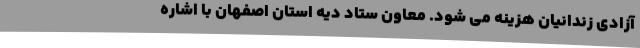
آزادی زندانیان هزینه می شود. معاون ستاد دیه استان اصفهان با اشاره